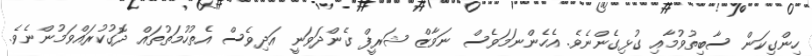
ހިންގިކަން ސާބިތުވުމާއި ގުޅިގެންނެވެ. އެހެންނަމަވެސް ނަވާޒް ޝަރީފް ގެންދަވަނީ އަދިވެސް އެތުހުމަތުތައް ދޮގުކުރައްވަމުންނެވެ.